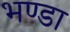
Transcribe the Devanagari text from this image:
भण्डा